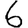
Digit: 6